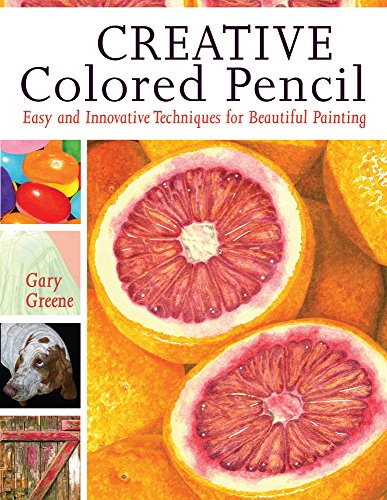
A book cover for Creative Colored Pencil: Easy and Innovative Techniques for Beautiful Painting; Gary Greene; Arts & Photography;